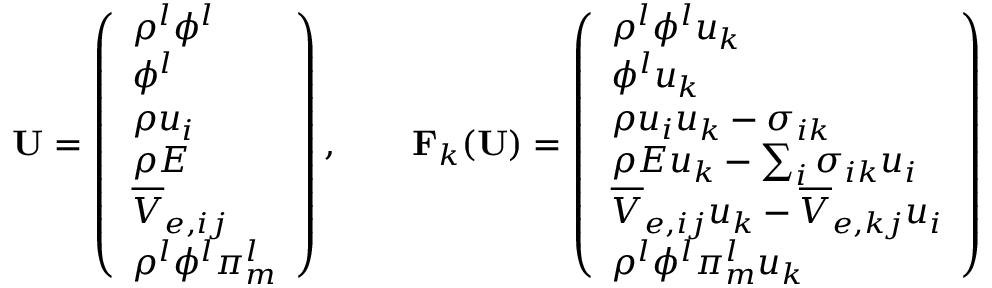
\mathbf { U } = \left( \begin{array} { l } { \rho ^ { l } \phi ^ { l } } \\ { \phi ^ { l } } \\ { \rho u _ { i } } \\ { \rho E } \\ { \overline { { V } } _ { e , i j } } \\ { \rho ^ { l } \phi ^ { l } \pi _ { m } ^ { l } } \end{array} \right) , \qquad \mathbf { F } _ { k } ( \mathbf { U } ) = \left( \begin{array} { l } { \rho ^ { l } \phi ^ { l } u _ { k } } \\ { \phi ^ { l } u _ { k } } \\ { \rho u _ { i } u _ { k } - \sigma _ { i k } } \\ { \rho E u _ { k } - \sum _ { i } \sigma _ { i k } u _ { i } } \\ { \overline { { V } } _ { e , i j } u _ { k } - \overline { { V } } _ { e , k j } u _ { i } } \\ { \rho ^ { l } \phi ^ { l } \pi _ { m } ^ { l } u _ { k } } \end{array} \right)